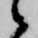
候